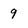
Character: 9